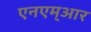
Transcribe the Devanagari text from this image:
एनएम्आर